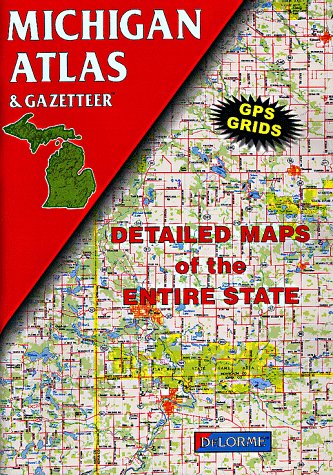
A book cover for Michigan Atlas and Gazetteer; Delorme Publishing Company; Travel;